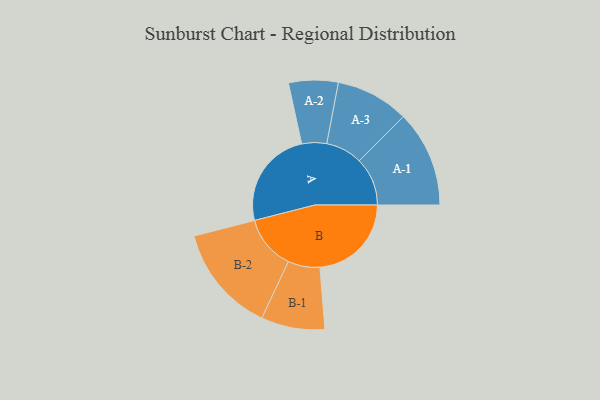
{"axis": {"x": "Segment", "y": "Value"}, "legend": ["", "A", "B"], "data": [{"x": "A", "y": 458, "type": ""}, {"x": "B", "y": 425, "type": ""}, {"x": "A-1", "y": 224, "type": "A"}, {"x": "A-2", "y": 115, "type": "A"}, {"x": "A-3", "y": 170, "type": "A"}, {"x": "B-1", "y": 148, "type": "B"}, {"x": "B-2", "y": 251, "type": "B"}]}